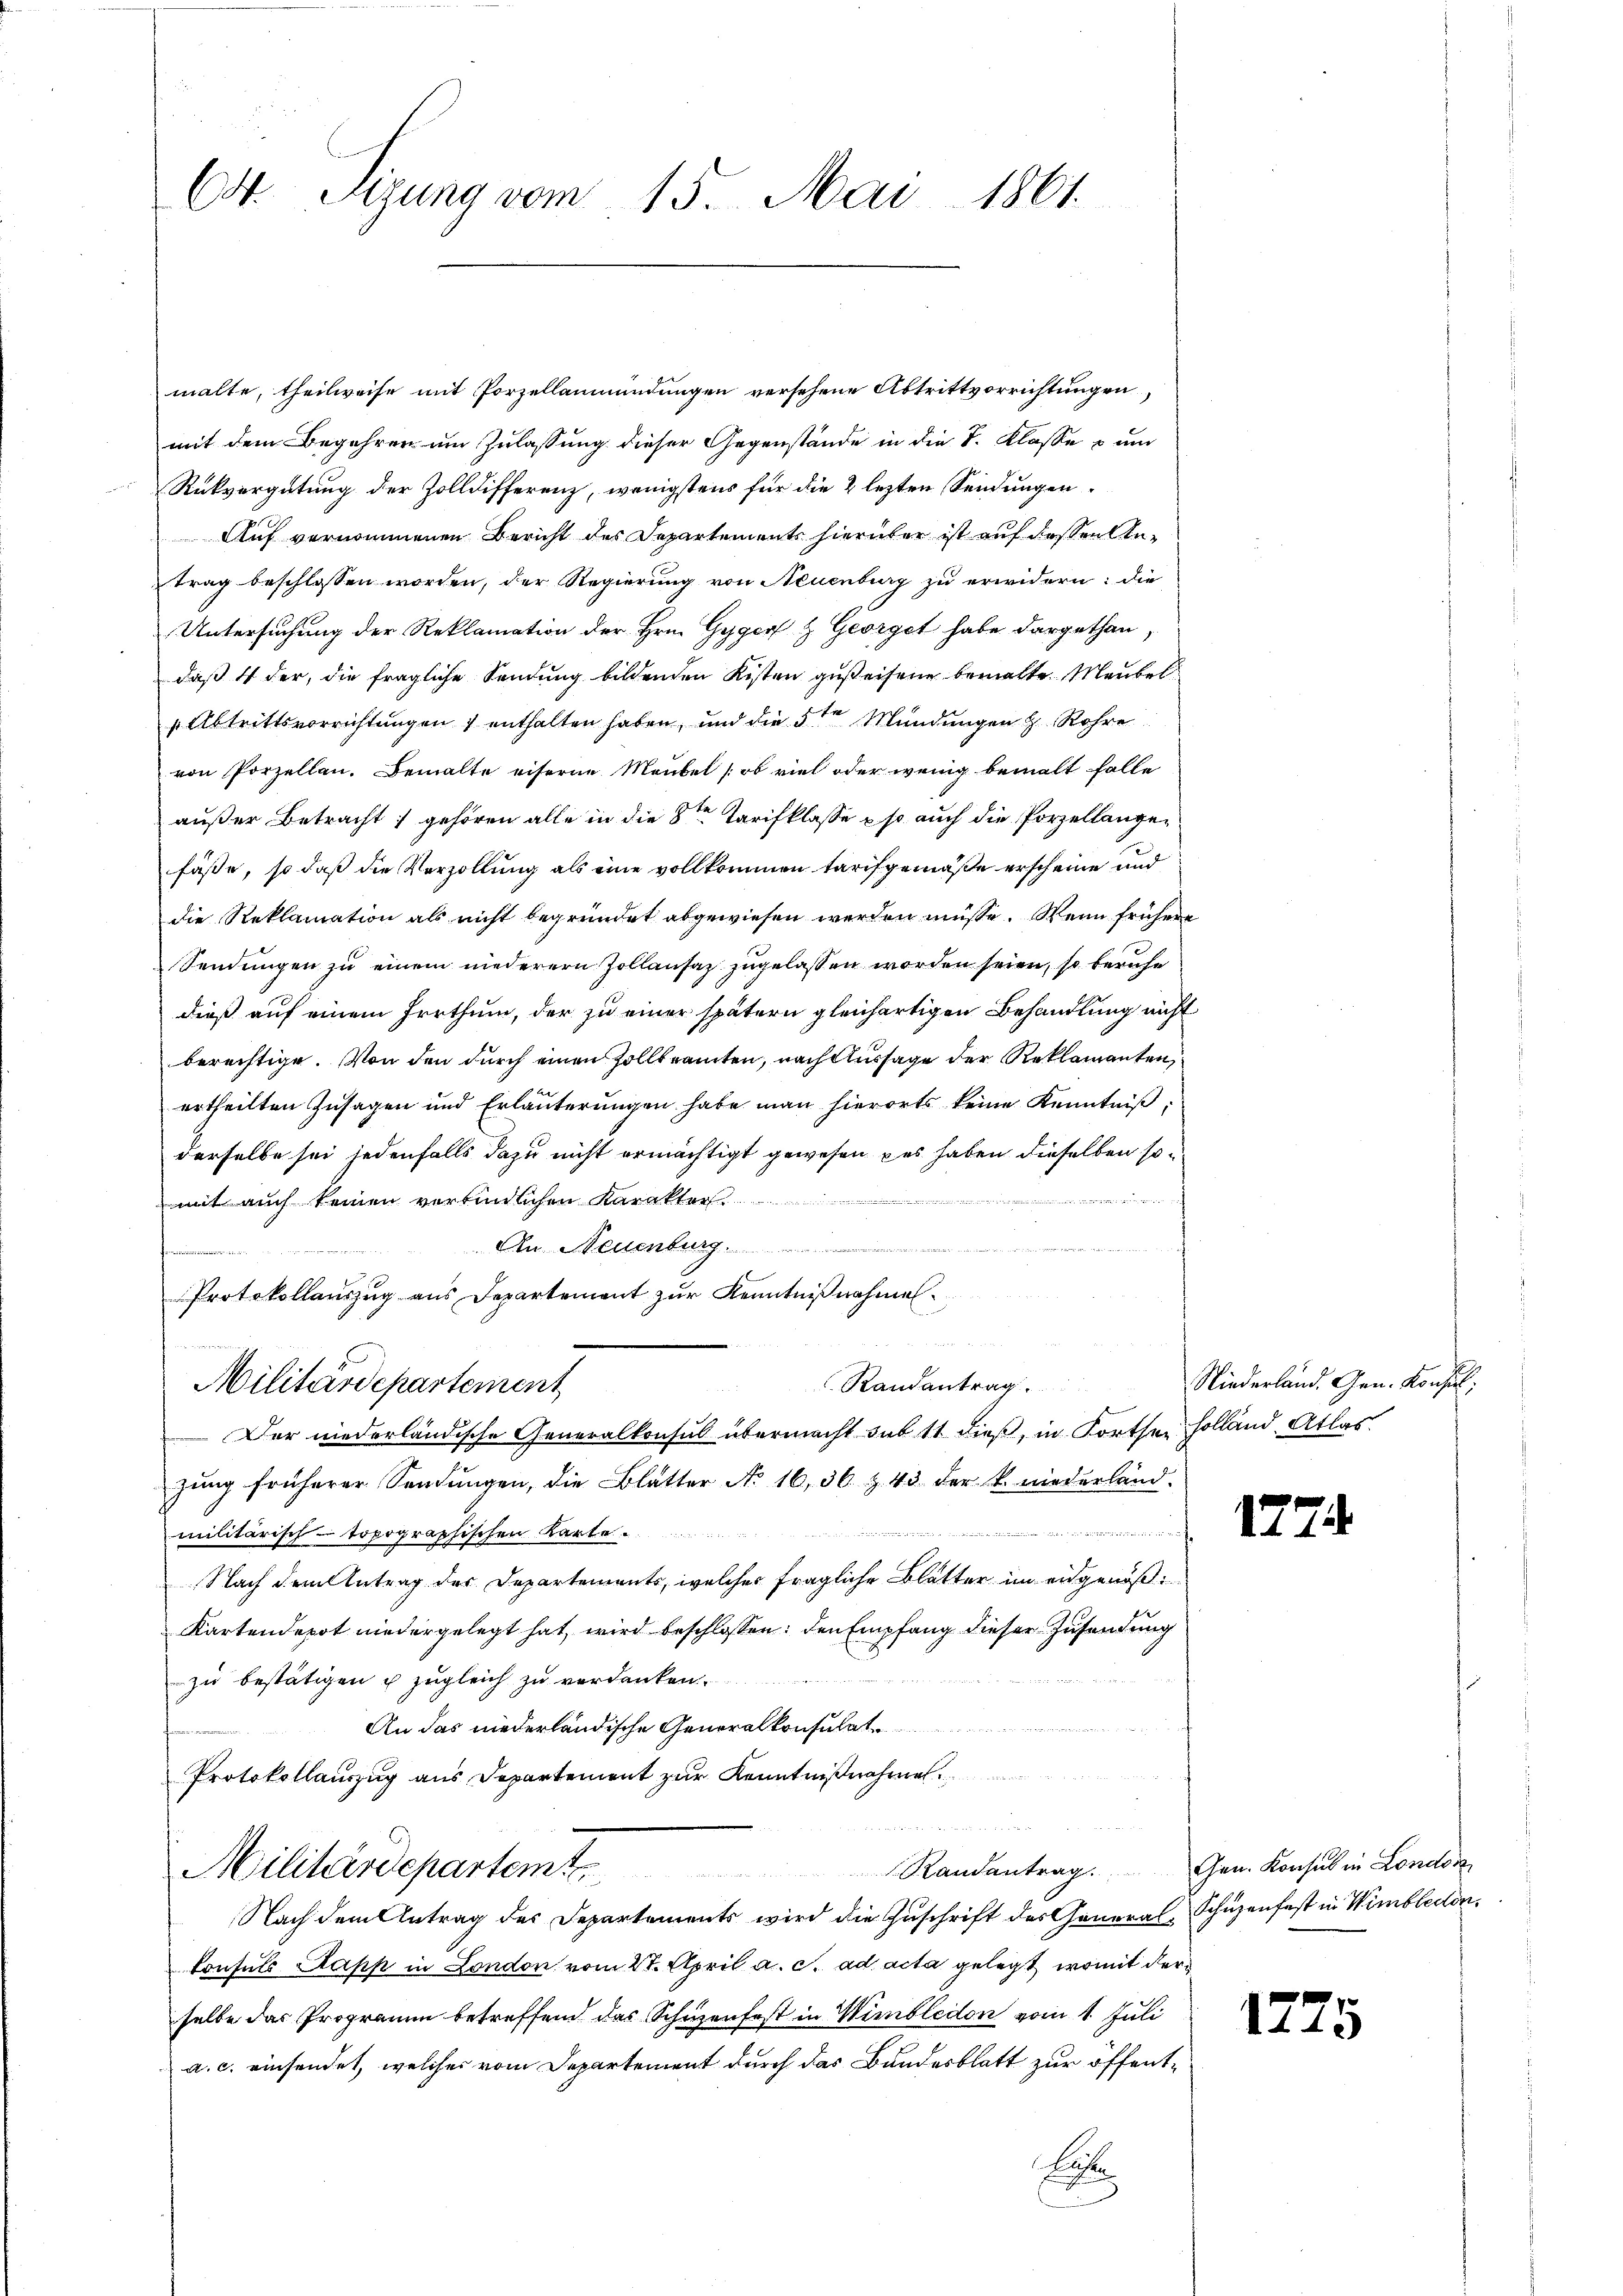
Ct. Sizung vom 15. Mai 1861

malte, theilweise mit Porzellanmündungen versehene Abtrittvorrichtungen,
mit dem Begehren um Zulassung dieser Gegenstände in die I. Klasse un
Rückvergütung der Zolldifferenz, wenigstens für die 2 lezten Sendungen,
Auf vernommenen Bericht des Departements hierüber ist auf dessen Antrag beschlossen worden, der Regierung von Neuenburg zu erwidern: die
Untersuchung der Reklamation der Hrn. Gyger & Georget habe dargethan
daß 4 der, die fragliche Sendung bildenden Kosten gesteifene bemalten Meubel
„Abtrittsvorrichtungen 7 enthalten haben, und die 5ten Mündungen H. Rohre
von Porzellan. Bemalte eiserne Meubel (ob viel oder wenig bemalt falle
außer Betracht gehören alle in die 8ten Tarifklasse so auch die Porzellangefässe, so daß die Verzollung als eine vollkommen tarifgemäße erscheine und
die Reklamation als nicht begründet abgewiesen werden müsse. Wenn frühere
Sendungen zu einem niederern Zollansaz zugelassen worden seien, so beruhe
dieß auf einem Irrthum, der zu einer spätern gleichartigen Behandlung nicht
berechtige. Von den durch einen Zollbeamten, nach Aussage der Reklamanten,
ertheilten Zusagen und Erläuterungen habe man hierorts keine Kenntniß
derselbe sei jedenfalls dazu nicht ermächtigt gewesen das haben dieselben somit auch keinen verbindlichen Karakter.  ..  .. ..  ..  ..
An Neuenburg.
Protokollauszug aus Departement zŭr Kenntniβnahmen.
n
d
Randantrag.
Militärdepartement
Der niederländische Generalkonsul übermacht sub 11 dieß, in Forther Holland Atlas
zŭng früherer Sandŭngen, die Blatter No 16, 36 Z. 43 der k. niederland.
mmnis
militärisch-topographischen Karte
Nach dem Antrag der Departements, welcher fragliche Blätter im eidgenöß¬
Kartendepot niedergelegt hat, wird beschlossen: den Empfang dieser Zusendung
zu bestätigen u zugleich zu verdanken.
An das niederländische Generalkonsulat
Protokollauszug aus Departement zur Kenntnißnahme
e
Randantrag. Gen. Konsul in London
Militärdepartem t

Nach dem Antrag des Departements wird die Zuschrift des General-Schüzenfest in Wimbledon.
Consuls Papp in London vom 27. April a. c. ad acta gelegt, womit der
selbe das Programm betreffend das Schuzenfest in Wimbledon vom 1. Juli
a. c. einsendet, welches vom Departement durch das Bandesblatt zur öffent¬

La

Niederland. Gen. Konsul

1274

1775